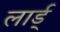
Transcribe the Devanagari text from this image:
लार्ड्‌